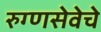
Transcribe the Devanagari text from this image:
रुग्णसेवेचे